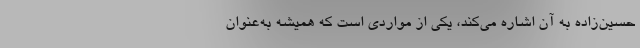
حسین‌زاده به آن اشاره می‌کند، یکی از مواردی است که همیشه به‌عنوان